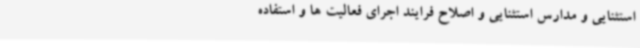
استثنایی و مدارس استثنایی و اصلاح فرایند اجرای فعالیت ها و استفاده